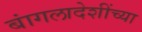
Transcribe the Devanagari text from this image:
बांगलादेशींच्या